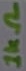
Text: 1kΩ